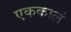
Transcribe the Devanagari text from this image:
एककालं